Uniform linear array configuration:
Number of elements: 4
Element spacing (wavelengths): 0.75
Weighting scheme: hamming
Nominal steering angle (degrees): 15
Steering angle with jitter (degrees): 15.177
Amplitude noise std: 0.05
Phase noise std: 0.05

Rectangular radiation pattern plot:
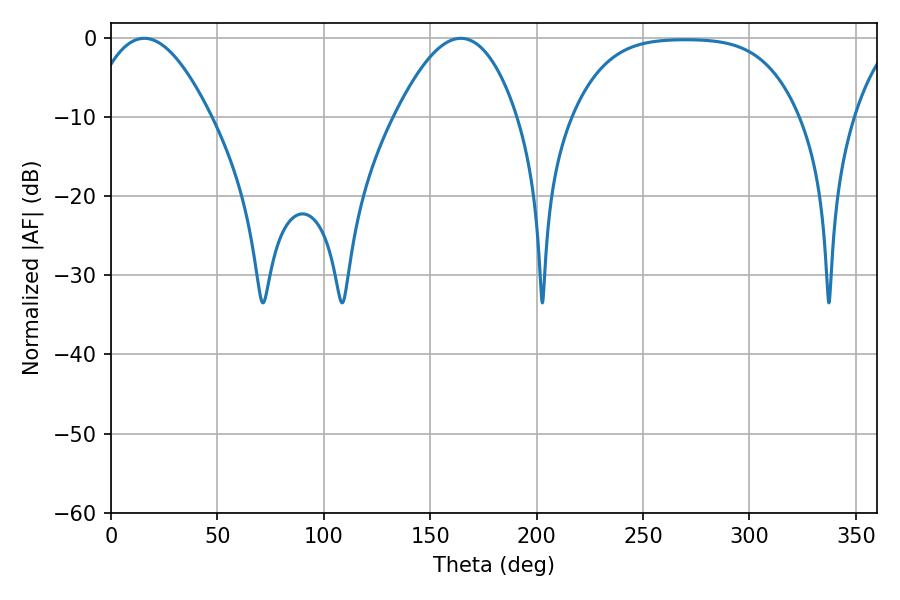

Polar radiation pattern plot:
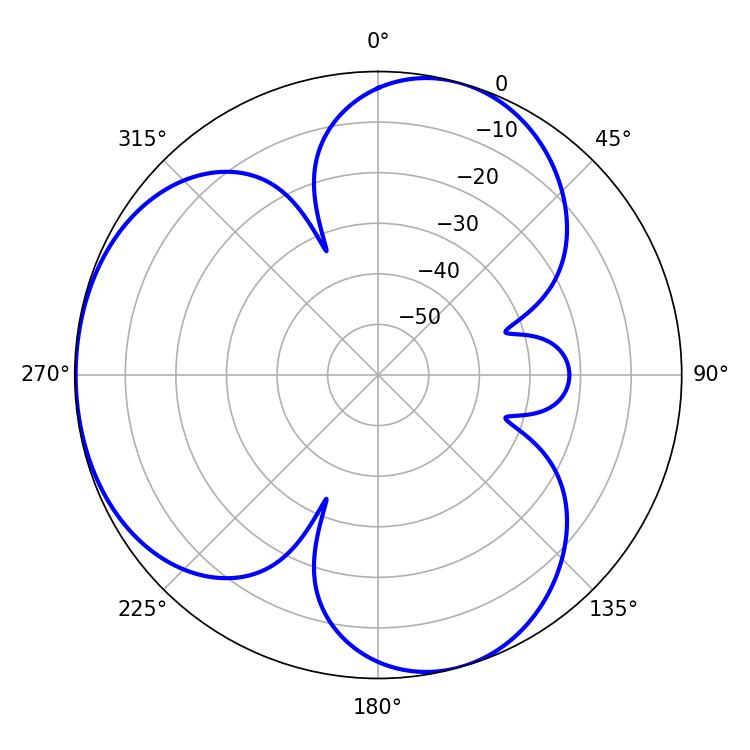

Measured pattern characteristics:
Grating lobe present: TRUE
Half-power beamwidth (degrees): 31.32
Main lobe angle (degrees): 15.66